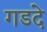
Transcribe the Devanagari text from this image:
गडदे